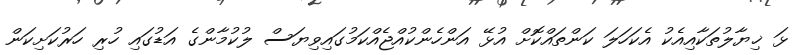
ޅަ ޚިޔާލުތަކާއިއެކު އެކަހަލަ ކަންތައްކޮށް އުޅޭ އަންހެންކުއްޖެއްކަމުގައިވިޔަސް ލުކުމާންގެ އަޑުގައި ހުރި ހަރުކަށިކަން